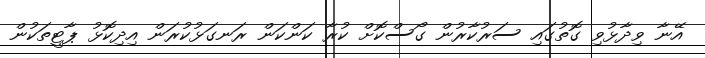
އޭނާ ވިދާޅުވި ގޮތުގައި ސަރުކާރުން ގޯސްކޮށް ކުރާ ކަންކަން ރަނގަޅުކުރަން އިދިކޮޅު ޕާޓީތަކުން